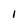
Character: l